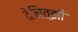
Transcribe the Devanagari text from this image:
देनित्झी